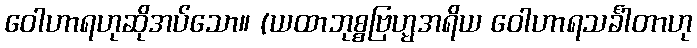
ဝေါဟာရဟုဆိုအပ်သော။ (ယထာဘုစ္စဗြဟ္မအရိယ ဝေါဟာရသင်္ခါတာဟု